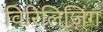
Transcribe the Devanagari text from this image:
विरिलिज़िंग